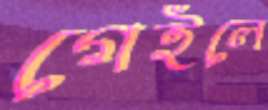
গেইলে